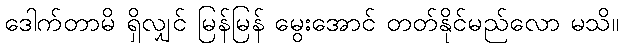
ဒေါက်တာမိ ရှိလျှင် မြန်မြန် မွေးအောင် တတ်နိုင်မည်လော မသိ။